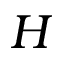
H